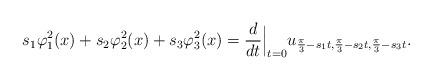
LaTeX: \begin{align*}s_1 \varphi_1^2(x) + s_2 \varphi_2^2(x) + s_3 \varphi_3^2(x) &= \frac{d}{d t} \Big |_{t=0} u_{\frac{\pi}{3}-s_1t, \frac{\pi}{3}-s_2t, \frac{\pi}{3}-s_3t}.\end{align*}